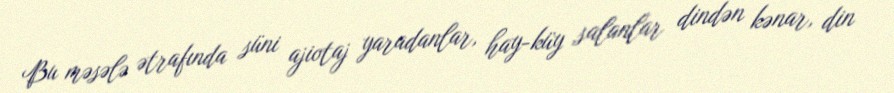
Bu məsələ ətrafında süni ajiotaj yaradanlar, hay-küy salanlar dindən kənar, din